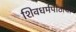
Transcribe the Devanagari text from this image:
शिवधर्मपीठाची